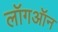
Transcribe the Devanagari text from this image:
लॉगऑन